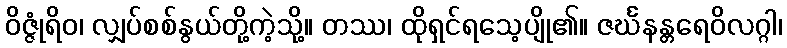
ဝိဇ္ဇုံရိဝ၊ လျှပ်စစ်နွယ်တို့ကဲ့သို့။ တဿ၊ ထိုရှင်ရသေ့ပျို၏။ ဇင်္ဃနန္တရေဝိလဂ္ဂါ၊